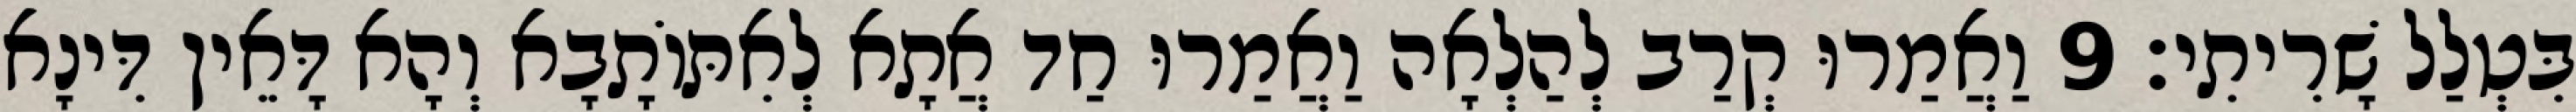
בִּטְלַל שָׁרִיתִי׃ 9 וַאֲמַרוּ קְרַב לְהַלְאָה וַאֲמַרוּ חַד אֲתָא לְאִתּוֹתָבָא וְהָא דָּאֵין דִּינָא